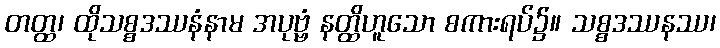
တတ္ထ၊ ထိုသစ္စဒဿနံနာမ အပုဗ္ဗံ နတ္ထိဟူသော စကားရပ်၌။ သစ္စဒဿနဿ၊